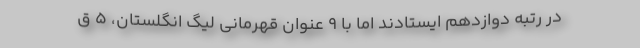
در رتبه دوازدهم ایستادند اما با ۹ عنوان قهرمانی لیگ انگلستان، ۵ ق